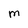
Character: M